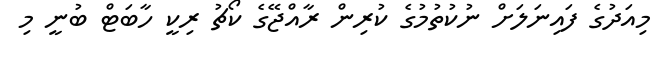
މިއަދުގެ ފައިނަލަށް ނުކުތުމުގެ ކުރިން ރާއްޖޭގެ ކޯޗު ރިކީ ހާބަޓް ބުނީ މި